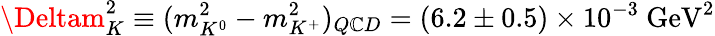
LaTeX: \Deltam_{K}^{2}\equiv(m_{K^{0}}^{2}-m_{K^{+}}^{2})_{Q\mathbb{C}D}=(6.2\pm0.5)\times10^{-3}~\mathrm{{GeV}}^{2}